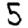
Digit: 5